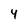
Character: 4